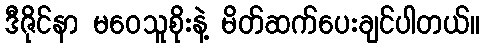
ဒီဇိုင်နာ မဝေသူစိုးနဲ့ မိတ်ဆက်ပေးချင်ပါတယ်။